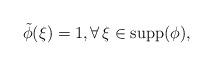
LaTeX: \begin{align*}\tilde \phi(\xi)=1, \forall\, \xi \in \operatorname{supp}(\phi),\end{align*}